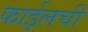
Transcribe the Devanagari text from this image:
फाईलची